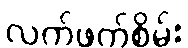
လက်ဖက်စိမ်း